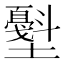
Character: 𰋁